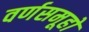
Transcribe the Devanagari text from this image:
वर्णसमूहो